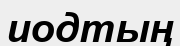
иодтың